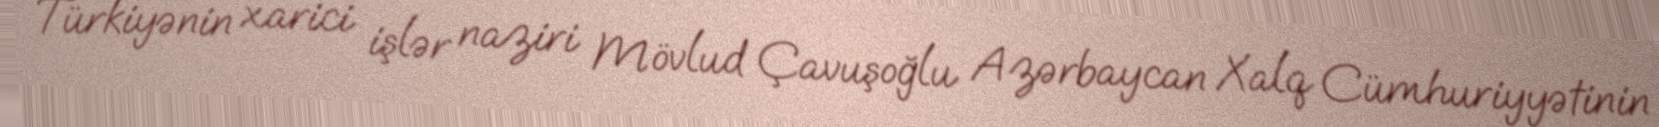
Türkiyənin xarici işlər naziri Mövlud Çavuşoğlu Azərbaycan Xalq Cümhuriyyətinin